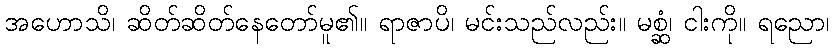
အဟောသိ၊ ဆိတ်ဆိတ်နေတော်မူ၏။ ရာဇာပိ၊ မင်းသည်လည်း။ မစ္ဆံ၊ ငါးကို။ ရညော၊